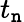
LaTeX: t_{\mathtt{n}}